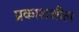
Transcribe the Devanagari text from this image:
प्रकाशशील